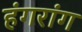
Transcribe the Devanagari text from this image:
हंगरांग